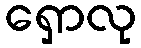
ရှောလု